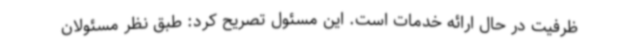
ظرفیت در حال ارائه خدمات است. این مسئول تصریح کرد: طبق نظر مسئولان